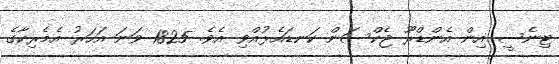
ޓިނެސީ އިން އެންޑްރޫ ޖެކްސަން ކަނޑައެޅުއްވި އެވެ. 1825 ވަނަ އަހަރު އެމެރިކާގެ